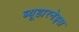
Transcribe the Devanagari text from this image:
ब्यूहारनेइस